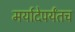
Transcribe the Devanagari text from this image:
मर्यादेपर्यंतच